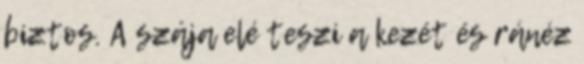
biztos. A szája elé teszi a kezét és ránéz